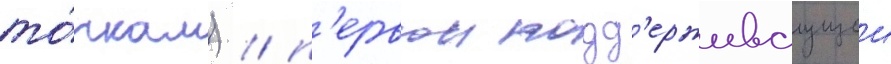
то́чкам) / п'ервои подд'ерживаущеи